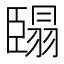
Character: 𮍓